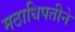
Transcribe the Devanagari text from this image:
मठाधिपतीने